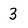
Character: 3